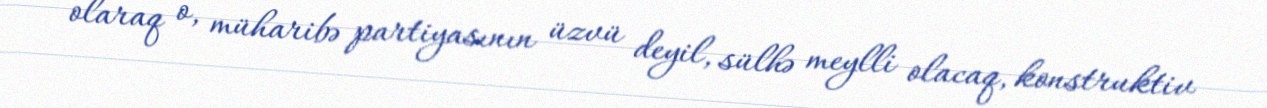
olaraq o, müharibə partiyasının üzvü deyil, sülhə meylli olacaq, konstruktiv